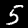
Label: 5